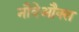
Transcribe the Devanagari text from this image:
नौवेऔक्स